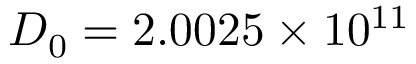
D _ { 0 } = 2 . 0 0 2 5 \times 1 0 ^ { 1 1 }